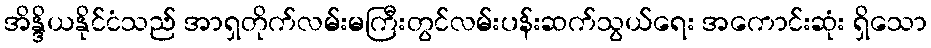
အိန္ဒိယနိုင်ငံသည် အာရှတိုက်လမ်းမကြီးတွင်လမ်းပန်းဆက်သွယ်ရေး အကောင်းဆုံး ရှိသော